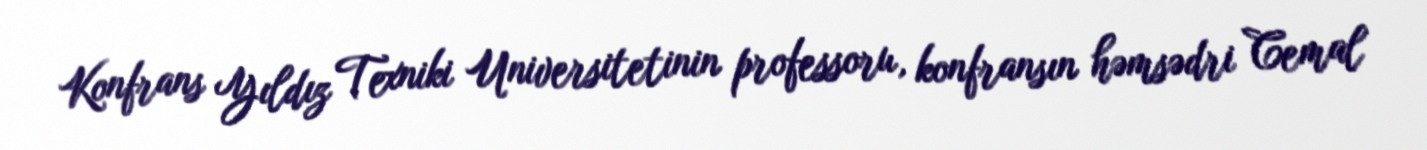
Konfrans Yıldız Texniki Universitetinin professoru, konfransın həmsədri Cemal